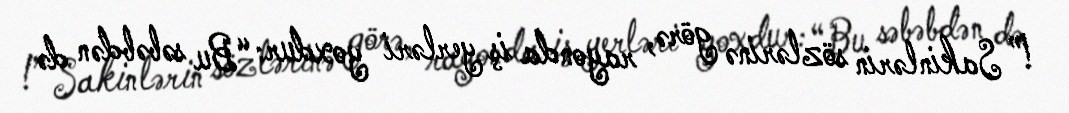
!” Sakinlərin sözlərinə görə, rayonda iş yerləri yoxdur: “Bu səbəbdən də